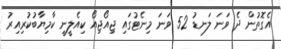
އެގޮތުން ދެ ވަނަ ލަނޑު 52 ވަނަ މިނެޓުގައި ޖިއޯޖިއޯ ކިއެލީނީ ކާމިޔާބުކުރިއިރު